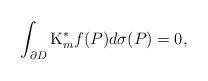
LaTeX: \begin{align*}\int_{\partial D}\mathrm{K}^{*}_{m}f(P)d\sigma(P)=0,\end{align*}